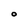
Character: 0